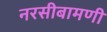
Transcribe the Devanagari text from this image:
नरसीबामणी